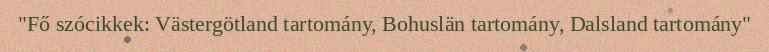
"Fő szócikkek: Västergötland tartomány, Bohuslän tartomány, Dalsland tartomány"